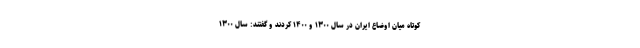
کوتاه میان اوضاع ایران در سال ۱۳۰۰ و ۱۴۰۰ کردند و گفتند: سال ۱۳۰۰